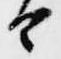
由